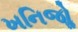
ખનિજોૢ